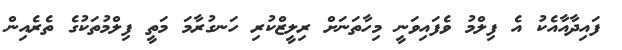
ފައިދާއާއެކު އެ ފިލްމު ވެފައިވަނީ މިހާތަނަށް ރިލީޒްކުރި ހަނގުރާމަ މަތީ ފިލްމުތަކުގެ ތެރެއިން